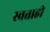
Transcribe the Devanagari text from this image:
स्वताही